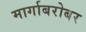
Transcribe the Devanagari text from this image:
मार्गाबरोबर